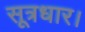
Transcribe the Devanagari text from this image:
सूत्रधार।